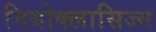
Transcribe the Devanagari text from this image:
नियोक्लासिज्म